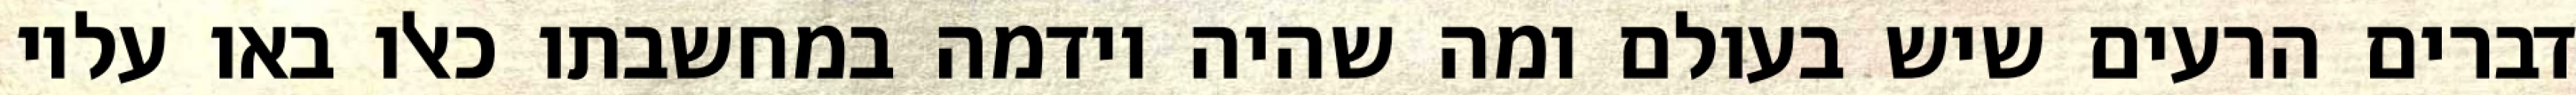
דברים הרעים שיש בעולם ומה שהיה וידמה במחשבתו כאלו באו עליו